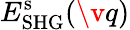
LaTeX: E_{\mathrm{SHG}}^{\mathrm{s}}(\v q)